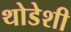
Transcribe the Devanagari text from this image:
थोडेशी